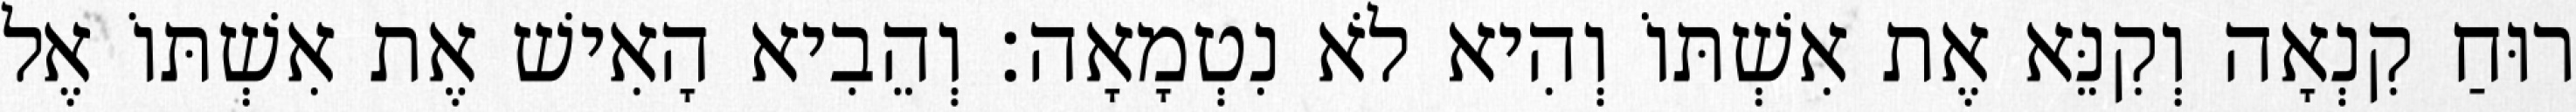
רוּחַ קִנְאָה וְקִנֵּא אֶת אִשְׁתּוֹ וְהִיא לֹא נִטְמָאָה׃ וְהֵבִיא הָאִישׁ אֶת אִשְׁתּוֹ אֶל